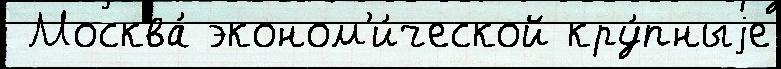
 Москва́ эконом'и́ческой кру́пныjе